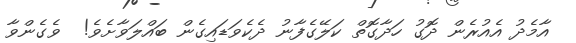
އާމެދު އެއުރެން ދޮގު ހަދާގޮތް ކަލޭގެފާނު ދެކެވަޑައިގެން ބައްލަވާށެވެ!  ވެގެންވާ